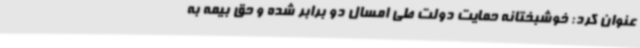
عنوان کرد: خوشبختانه حمایت دولت طی امسال دو برابر شده و حق بیمه به